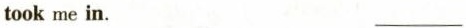
took me in. ___